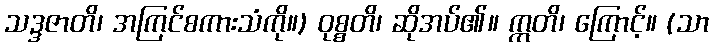
သဒ္ဒဇာတိ၊ အကြင်စကားသံကို။) ဝုစ္စတိ၊ ဆိုအပ်၏။ ဣတိ၊ ကြောင့်။ (သာ